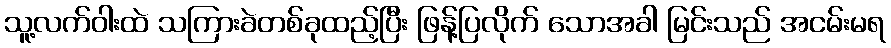
သူ့လက်ဝါးထဲ သကြားခဲတစ်ခုထည့်ပြီး ဖြန့်ပြလိုက် သောအခါ မြင်းသည် အငမ်းမရ